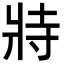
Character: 𭷅